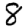
Digit: 8